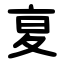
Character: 㚆